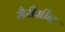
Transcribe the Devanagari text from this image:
मैरीग्रीन